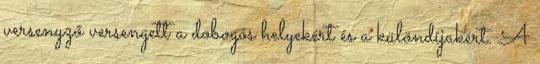
versenyző versengett a dobogós helyekért és a különdíjakért. A